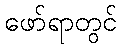
ဖော်ရာတွင်